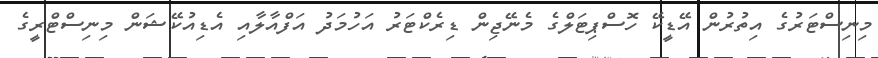
މިނިސްޓަރުގެ އިތުރުން އޭޑީކޭ ހޮސްޕިޓަލްގެ މެނޭޖިން ޑިރެކްޓަރު އަހުމަދު އަފްއާލާއި އެޑިއުކޭޝަން މިނިސްޓްރީގެ